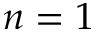
n = 1